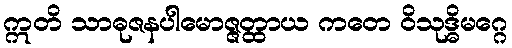
ဣတိ သာဓုဇနပါမောဇ္ဇတ္ထာယ ကတေ ဝိသုဒ္ဓိမဂ္ဂေ